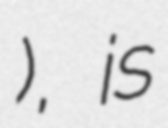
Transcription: ציונה), is